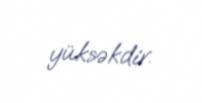
yüksəkdir.